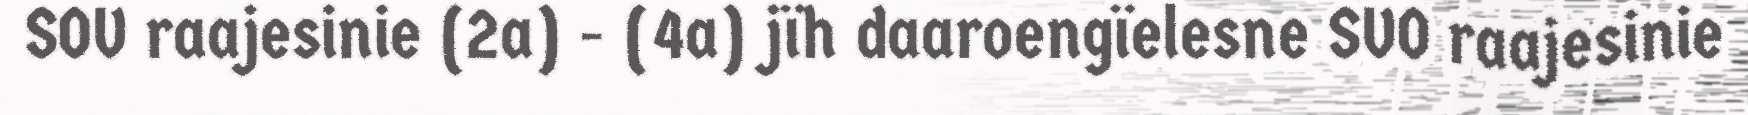
SOV raajesinie (2a) - (4a) jïh daaroengïelesne SVO raajesinie